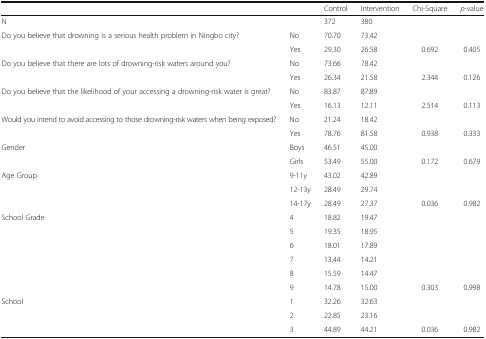
<table><thead><tr><td></td><td></td><td><b>Control</b></td><td><b>Intervention</b></td><td><b>Chi-Square</b></td><td><b><i>p</i>-value</b></td></tr></thead><tbody><tr><td>N</td><td></td><td>372</td><td>380</td><td></td><td></td></tr><tr><td rowspan="2">Do you believe that drowning is a serious health problem in Ningbo city?</td><td>No</td><td>70.70</td><td>73.42</td><td></td><td></td></tr><tr><td>Yes</td><td>29.30</td><td>26.58</td><td>0.692</td><td>0.405</td></tr><tr><td rowspan="2">Do you believe that there are lots of drowning-risk waters around you?</td><td>No</td><td>73.66</td><td>78.42</td><td></td><td></td></tr><tr><td>Yes</td><td>26.34</td><td>21.58</td><td>2.344</td><td>0.126</td></tr><tr><td rowspan="2">Do you believe that the likelihood of your accessing a drowning-risk water is great?</td><td>No</td><td>83.87</td><td>87.89</td><td></td><td></td></tr><tr><td>Yes</td><td>16.13</td><td>12.11</td><td>2.514</td><td>0.113</td></tr><tr><td rowspan="2">Would you intend to avoid accessing to those drowning-risk waters when being exposed?</td><td>No</td><td>21.24</td><td>18.42</td><td></td><td></td></tr><tr><td>Yes</td><td>78.76</td><td>81.58</td><td>0.938</td><td>0.333</td></tr><tr><td rowspan="2">Gender</td><td>Boys</td><td>46.51</td><td>45.00</td><td></td><td></td></tr><tr><td>Girls</td><td>53.49</td><td>55.00</td><td>0.172</td><td>0.679</td></tr><tr><td rowspan="3">Age Group</td><td>9-11y</td><td>43.02</td><td>42.89</td><td></td><td></td></tr><tr><td>12-13y</td><td>28.49</td><td>29.74</td><td></td><td></td></tr><tr><td>14-17y</td><td>28.49</td><td>27.37</td><td>0.036</td><td>0.982</td></tr><tr><td rowspan="6">School Grade</td><td>4</td><td>18.82</td><td>19.47</td><td></td><td></td></tr><tr><td>5</td><td>19.35</td><td>18.95</td><td></td><td></td></tr><tr><td>6</td><td>18.01</td><td>17.89</td><td></td><td></td></tr><tr><td>7</td><td>13.44</td><td>14.21</td><td></td><td></td></tr><tr><td>8</td><td>15.59</td><td>14.47</td><td></td><td></td></tr><tr><td>9</td><td>14.78</td><td>15.00</td><td>0.303</td><td>0.998</td></tr><tr><td rowspan="3">School</td><td>1</td><td>32.26</td><td>32.63</td><td></td><td></td></tr><tr><td>2</td><td>22.85</td><td>23.16</td><td></td><td></td></tr><tr><td>3</td><td>44.89</td><td>44.21</td><td>0.036</td><td>0.982</td></tr></tbody></table>